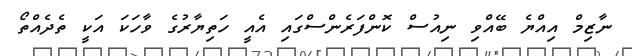
ނާޒިމް އިއްޔެ ބޭއްވި ނިއުސް ކޮންފަރެންސްގައި އެއީ ހަތިޔާރުގެ ވާހަކަ އަކީ ތެދެއްތޯ